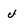
Character: u